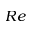
{ R e }